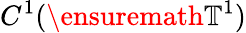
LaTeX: C^{1}(\ensuremath{\mathbb{T}}^{1})